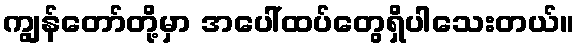
ကျွန်တော်တို့မှာ အပေါ်ထပ်တွေရှိပါသေးတယ်။